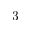
3